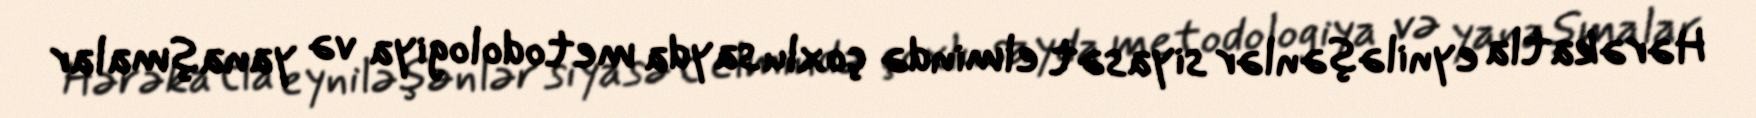
Hərəkatla eyniləşənlər siyasət elmində çoxlu sayda metodologiya və yanaşmalar